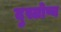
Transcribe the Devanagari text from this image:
दुस्तोष्य